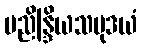
ပညိန္ဒြိယသမုဒယံ